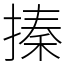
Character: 搸